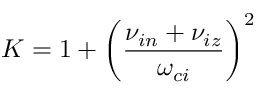
K = 1 + \left( \displaystyle \frac { \nu _ { i n } + \nu _ { i z } } { \omega _ { c i } } \right) ^ { 2 }